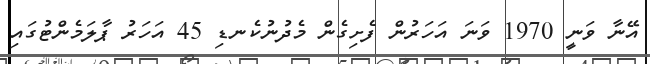
އޭނާ ވަނީ 1970 ވަނަ އަހަރުން ފެށިގެން މެދުނުކެނޑި 45 އަހަރު ޕާލަމެންޓުގައި